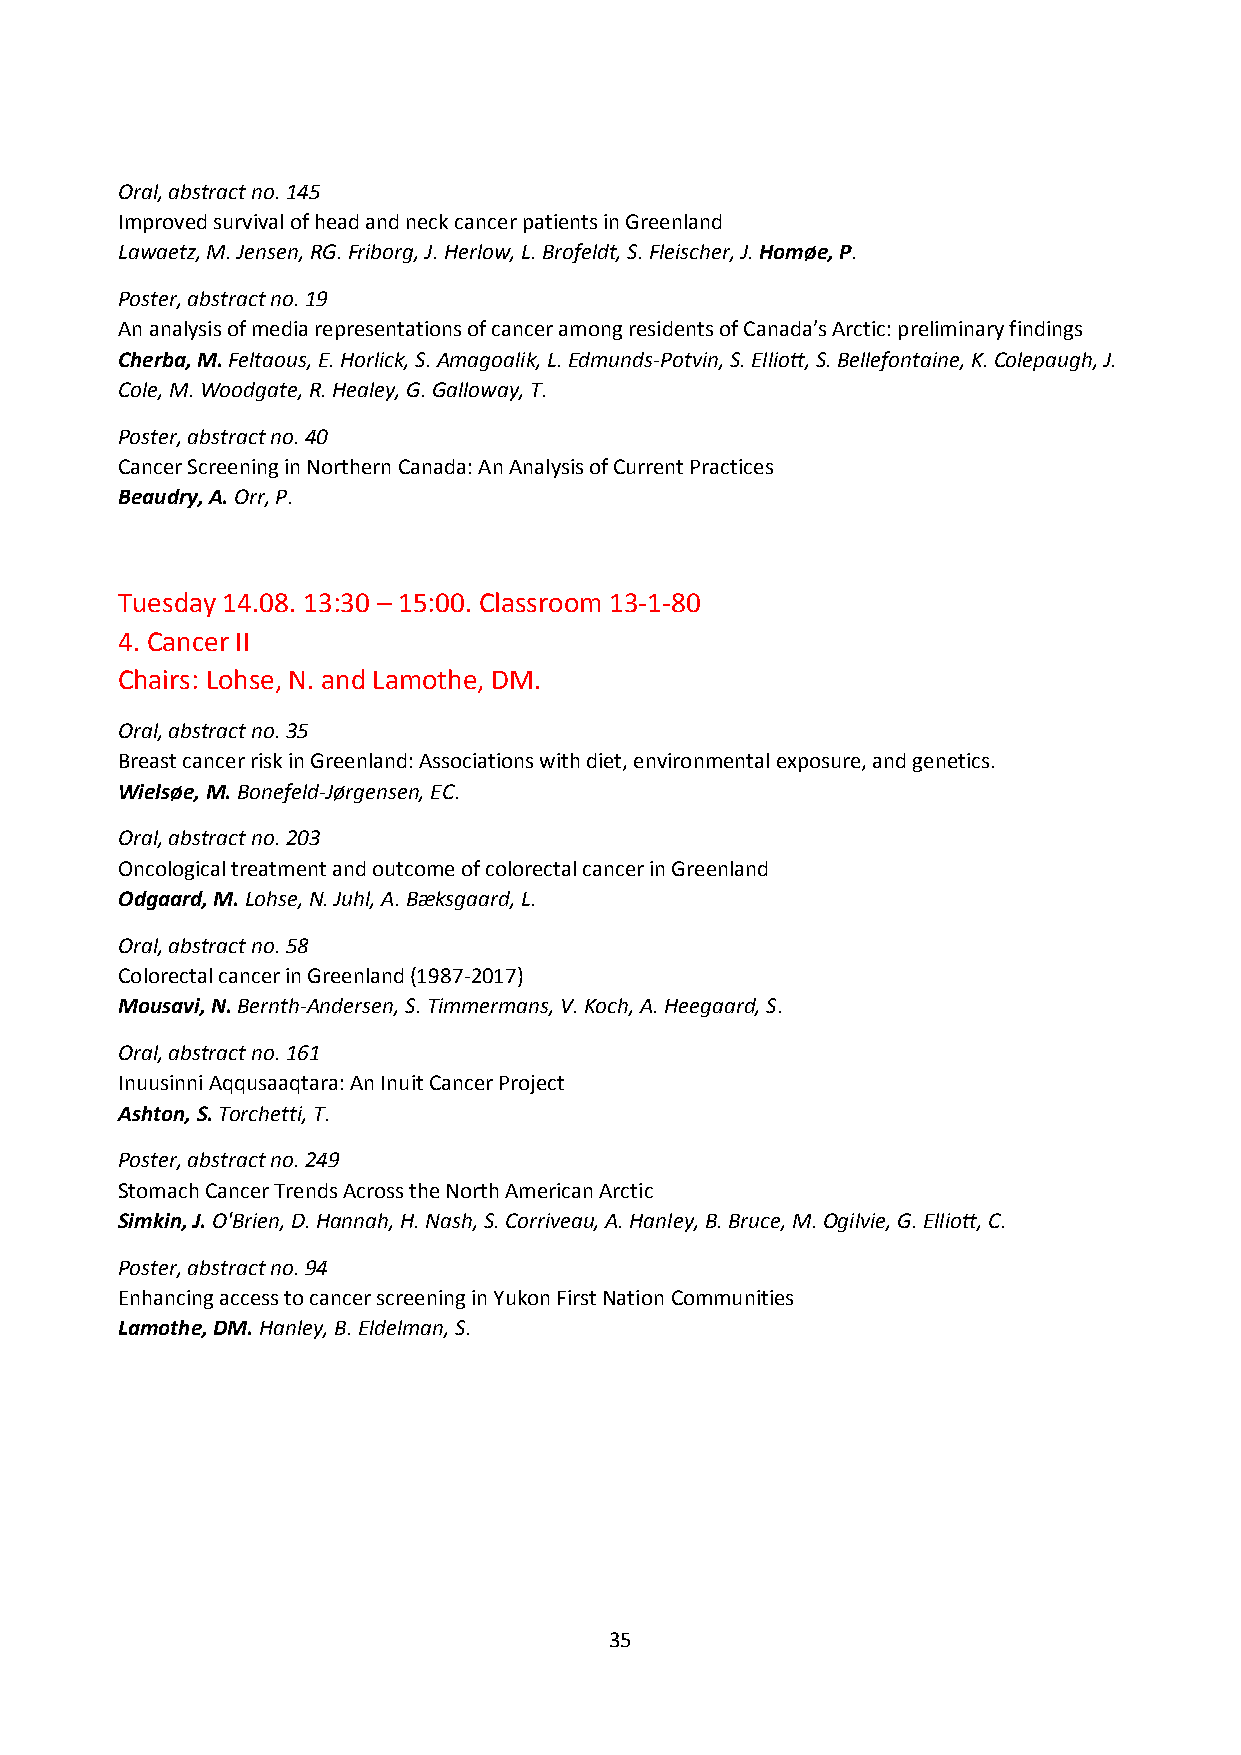
Oral, abstract no. 145
 Improved survival of head and neck cancer patients in Greenland
 Lawaetz, M. Jensen, RG. Friborg, J. Herlow, L. Brofeldt, S. Fleischer, J. Homøe, P.
 Poster, abstract no. 19
 An analysis of media representations of cancer among residents of Canada’s Arctic: preliminary findings
 Cherba, M. Feltaous, E. Horlick, S. Amagoalik, L. Edmunds-Potvin, S. Elliott, S. Bellefontaine, K. Colepaugh, J.
 Cole, M. Woodgate, R. Healey, G. Galloway, T.
 Poster, abstract no. 40
 Cancer Screening in Northern Canada: An Analysis of Current Practices
 Beaudry, A. Orr, P.
 Tuesday 14.08. 13:30 – 15:00. Classroom 13-1-80
 4. Cancer II
 Chairs: Lohse, N. and Lamothe, DM.
 Oral, abstract no. 35
 Breast cancer risk in Greenland: Associations with diet, environmental exposure, and genetics.
 Wielsøe, M. Bonefeld-Jørgensen, EC.
 Oral, abstract no. 203
 Oncological treatment and outcome of colorectal cancer in Greenland
 Odgaard, M. Lohse, N. Juhl, A. Bæksgaard, L.
 Oral, abstract no. 58
 Colorectal cancer in Greenland (1987-2017)
 Mousavi, N. Bernth-Andersen, S. Timmermans, V. Koch, A. Heegaard, S.
 Oral, abstract no. 161
 Inuusinni Aqqusaaqtara: An Inuit Cancer Project
 Ashton, S. Torchetti, T.
 Poster, abstract no. 249
 Stomach Cancer Trends Across the North American Arctic
 Simkin, J. O'Brien, D. Hannah, H. Nash, S. Corriveau, A. Hanley, B. Bruce, M. Ogilvie, G. Elliott, C.
 Poster, abstract no. 94
 Enhancing access to cancer screening in Yukon First Nation Communities
 Lamothe, DM. Hanley, B. Eldelman, S.
 35